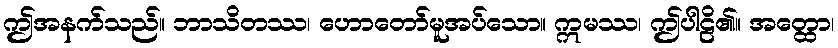
ဤအနက်သည်။ ဘာသိတဿ၊ ဟောတော်မူအပ်သော။ ဣမဿ၊ ဤပါဠိ၏။ အတ္ထော၊